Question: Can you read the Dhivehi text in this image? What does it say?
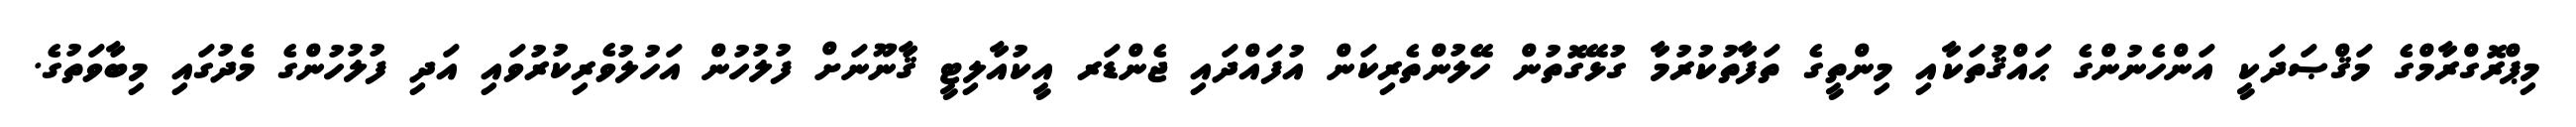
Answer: މިޕްރޮގްރާމްގެ މަޤްޞަދަކީ އަންހެނުންގެ ޙައްޤުތަކާއި މިންތީގެ ތަފާތުކުރުމާ ގުޅޭގޮތުން ހޭލުންތެރިކަން އުފައްދައި ޖެންޑަރ އީކުއާލިޓީ ޤާނޫނަށް ފުލުހުން އަހުލުވެރިކުރުވައި އަދި ފުލުހުންގެ މެދުގައި މިބާވަތުގެ.